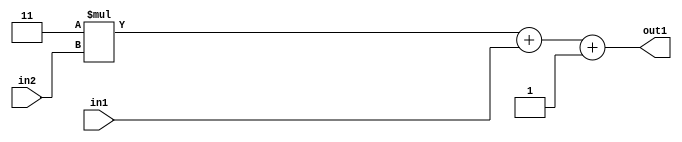
`timescale 1ps / 1ps
/*****************************************************************************
    Verilog RTL Description
    
    
    Created by: Stratus DpOpt 2019.1.01 
*******************************************************************************/

module DC_Filter_Add3i1u1Mul2i3u2_1 (
	in2,
	in1,
	out1
	); /* architecture "behavioural" */ 
input [1:0] in2;
input  in1;
output [3:0] out1;
wire [3:0] asc001;

wire [3:0] asc001_tmp_0;
wire [3:0] asc001_tmp_1;
assign asc001_tmp_1 = 
	+(4'B0011 * in2);
assign asc001_tmp_0 = asc001_tmp_1
	+(in1);
assign asc001 = asc001_tmp_0
	+(4'B0001);

assign out1 = asc001;
endmodule

/* CADENCE  uLX4Sgo= : u9/ySgnWtBlWxVPRXgAZ4Og= ** DO NOT EDIT THIS LINE ******/